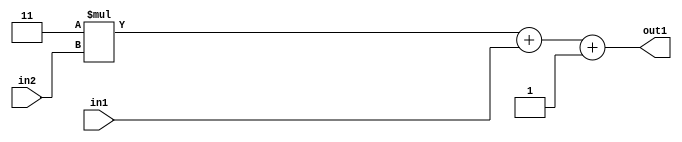
`timescale 1ps / 1ps
/*****************************************************************************
    Verilog RTL Description
    
    
    Created by: Stratus DpOpt 2019.1.01 
*******************************************************************************/

module DC_Filter_Add3i1u1Mul2i3u2_1 (
	in2,
	in1,
	out1
	); /* architecture "behavioural" */ 
input [1:0] in2;
input  in1;
output [3:0] out1;
wire [3:0] asc001;

wire [3:0] asc001_tmp_0;
wire [3:0] asc001_tmp_1;
assign asc001_tmp_1 = 
	+(4'B0011 * in2);
assign asc001_tmp_0 = asc001_tmp_1
	+(in1);
assign asc001 = asc001_tmp_0
	+(4'B0001);

assign out1 = asc001;
endmodule

/* CADENCE  uLX4Sgo= : u9/ySgnWtBlWxVPRXgAZ4Og= ** DO NOT EDIT THIS LINE ******/